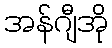
အန်ဂျီအို